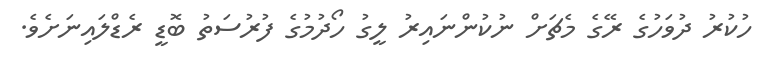
ހުކުރު ދުވަހުގެ ރޭގެ މެޗަށް ނުކުންނައިރު ލީގު ހޯދުމުގެ ފުރުސަތު ބޮޑީ ރެޑްލައިނަށެވެ.